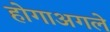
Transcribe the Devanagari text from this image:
होगाअगले